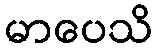
မာပေသိ